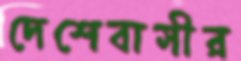
দেশেবাসীর